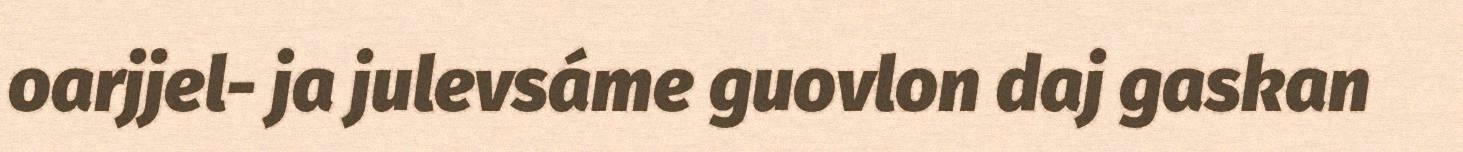
oarjjel- ja julevsáme guovlon daj gaskan